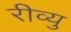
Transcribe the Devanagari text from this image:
रीव्यु